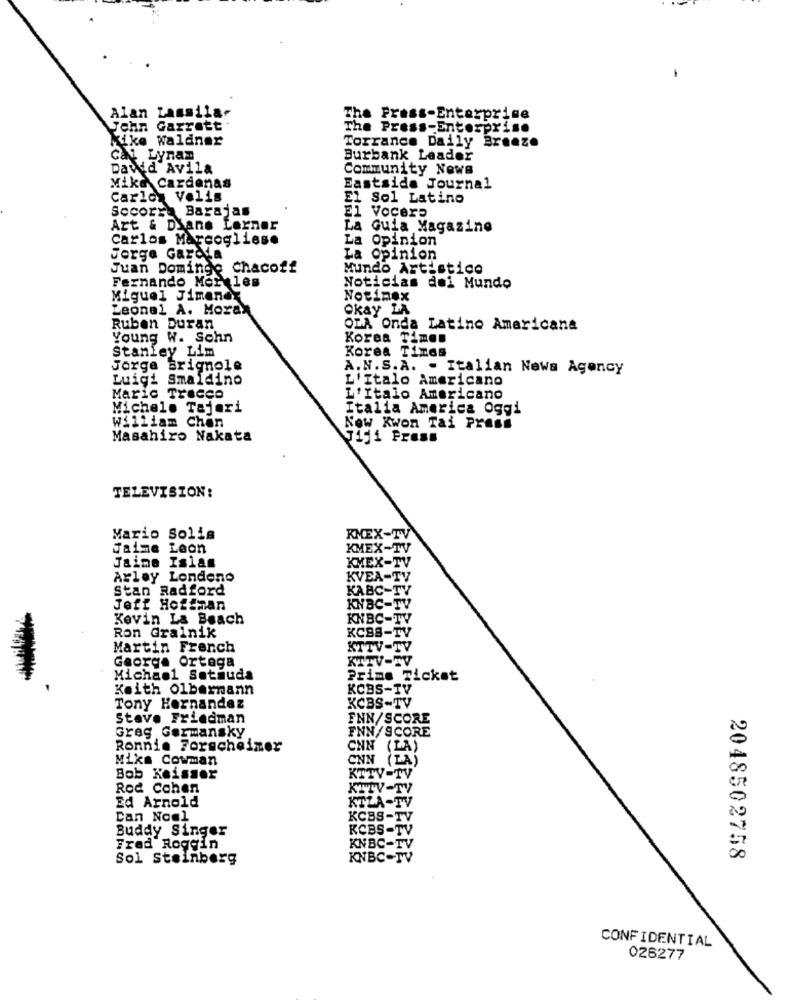
Lassila-
The
Alan
Press-Enterprise
Garrett
The Press-Enterprise
Kike Waldner
Torrance Daily Breeze
cai Lynan
Burbank Leader
David Avila
Community News
Mike Cardenas
Eastside Journal
Carlon Velis
El Sol Latino
Socorra Barajas
El Vocera
Art & Diane Lerner
La Guia Magazine
Carlos Marcogliese
La Opinion
Jorge Garcia
La Opinion
Juan Domingo
Chacoff
Mundo Artistico
Fernando Moreles
Noticias del Mundo
Miguel Jimenez
Notinex
Leonel A. Morax
Okay LA
Ruben Duran
OLA Onda Latino Americana
Young W. Sohn
Korea Times
stanley Lim
Korea Times
Jorge Brignole
A.N.S.A. - Italian News Agency
Luigi Smaldino
L'Italo Americano
Mario Trecce
'Italo Americano
Michele Tajeri
Italia America Oggi
william Chen
Now Kwon Tai Press
Masahiro Nakata
J151 Press
TELEVISION:
Mario Solis
KMEX-TV
Jaime Leon
KMEX-TV
Jaime Islas
KMEX-TV
Arley Londono
KVEA-TV
Stan Radford
KABC-TV
Jeff Hotthan
KNBC-TV
Kevin La Beach
KNBC-TV
KC88-TV
Ron Grainik
Martin French
KTTV-TV
Georg. Ortega
KITV-TV
Michael Setiuda
Prime Ticket
Keith Olbermann
KCBS-TV
Tony Hernandez
KCBS-TV
Stave Friedman
FNN/SCORE
Greg Gormansky
FNN/SCORE
Ronnie Forscheiner
CNN (LA)
Miks Cowman
CNN (LA)
Bob Keisser
KTTV-TV
Rod Cohen
KTTV-TV
Ed Arnold
KTLA-TV
Can Noel
KCBS-TV
Buddy Singer
KCBS-TV
Fred Roggin
KNBC-TV
Sol Steinberg
KNBC-TV
2048502758
CONFIDENTIAL
026277